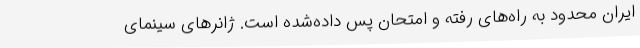
ایران محدود به راه‌های رفته و امتحان پس‌ داده‌شده است. ژانرهای سینمای